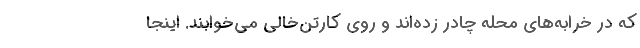
که در خرابه‌های محله چادر زده‌اند و روی کارتن‌خالی می‌خوابند. اینجا